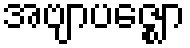
အဗျာပဇ္ဈော